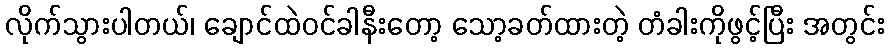
လိုက်သွားပါတယ်၊ ချောင်ထဲဝင်ခါနီးတော့ သော့ခတ်ထားတဲ့ တံခါးကိုဖွင့်ပြီး အတွင်း